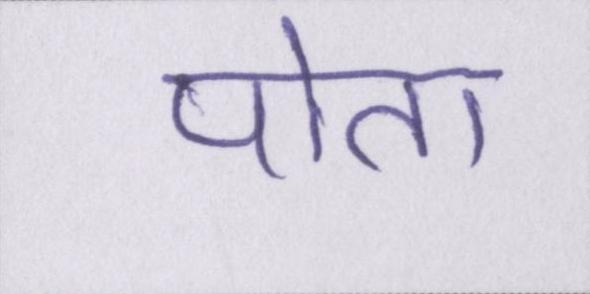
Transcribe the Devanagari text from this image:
पोता